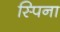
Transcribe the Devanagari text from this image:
स्पिना